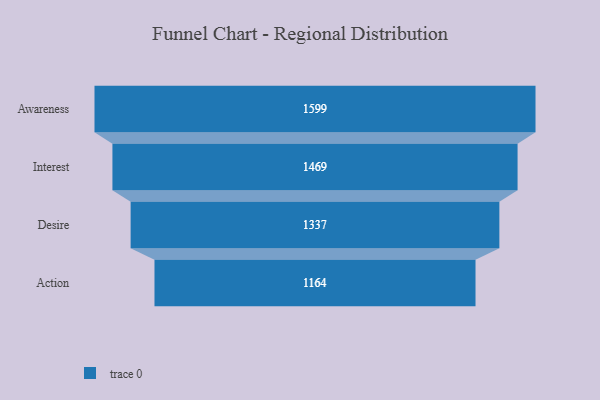
{"axis": {"x": "Stage", "y": "Value"}, "legend": [""], "data": [{"x": "Awareness", "y": 1599.0, "type": ""}, {"x": "Interest", "y": 1469.0, "type": ""}, {"x": "Desire", "y": 1337.0, "type": ""}, {"x": "Action", "y": 1164.0, "type": ""}]}